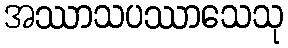
အဿာသပဿာသေသု